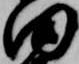
田